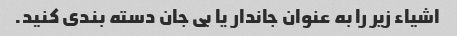
اشیاء زیر را به عنوان جاندار یا بی جان دسته بندی کنید.